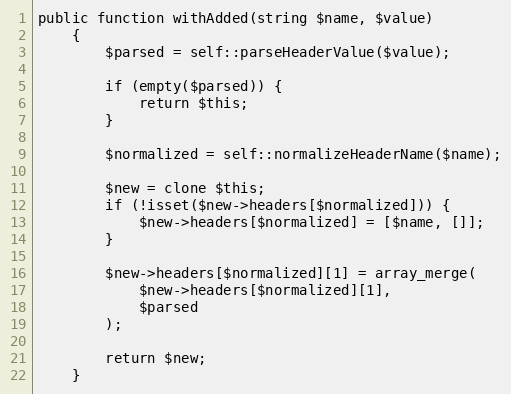
Language: PHP
public function withAdded(string $name, $value)
	{
		$parsed = self::parseHeaderValue($value);

		if (empty($parsed)) {
			return $this;
		}

		$normalized = self::normalizeHeaderName($name);

		$new = clone $this;
		if (!isset($new->headers[$normalized])) {
			$new->headers[$normalized] = [$name, []];
		}

		$new->headers[$normalized][1] = array_merge(
			$new->headers[$normalized][1],
			$parsed
		);

		return $new;
	}